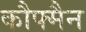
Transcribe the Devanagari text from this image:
कौफ्मैन